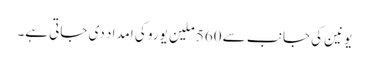
یونین کی جانب سے 560 ملین یورو کی امداد دی جاتی ہے۔